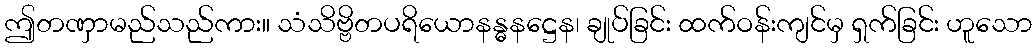
ဤတဏှာမည်သည်ကား။ သံသိဗ္ဗိတပရိယောနန္ဓနဋ္ဌေန၊ ချုပ်ခြင်း ထက်ဝန်းကျင်မှ ရှက်ခြင်း ဟူသော